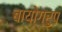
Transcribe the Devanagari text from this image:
बायोग्रुप